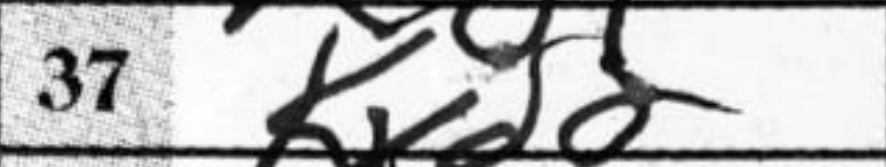
Transcription: Kxd2